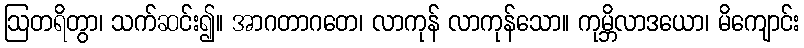
ဩတရိတွာ၊ သက်ဆင်း၍။ အာဂတာဂတေ၊ လာကုန် လာကုန်သော။ ကုမ္ဘိလာဒယော၊ မိကျောင်း